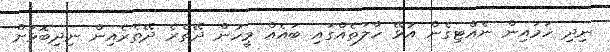
ނިދި ހަމައިން ނެއްޓިގެން އުޅޭ ހާލަތެއްގައި ބައެއް މީހުން ދޭތެރެ ދޭތެރެއިން ނިދިބޮޅަށް